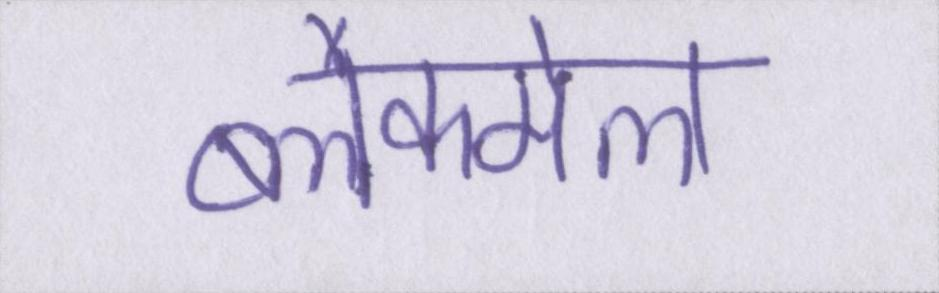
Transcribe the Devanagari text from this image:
ब्लैकमेल